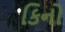
કિનો